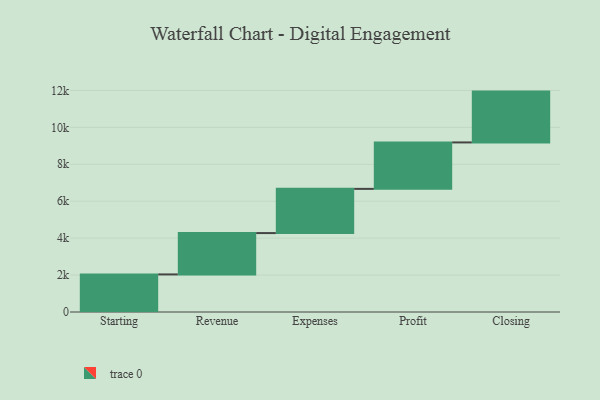
{"axis": {"x": "Step", "y": "Value"}, "legend": [""], "data": [{"x": "Starting", "y": 2035.0, "type": ""}, {"x": "Revenue", "y": 2239.0, "type": ""}, {"x": "Expenses", "y": 2394.0, "type": ""}, {"x": "Profit", "y": 2515.0, "type": ""}, {"x": "Closing", "y": 2753.0, "type": ""}]}